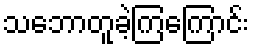
သဘောတူခဲ့ကြကြောင်း